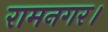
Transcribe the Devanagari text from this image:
रामनगर।